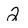
Character: 2